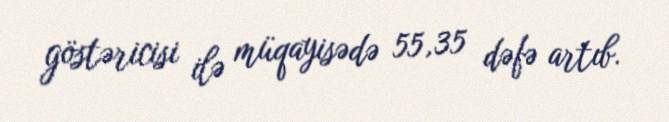
göstəricisi ilə müqayisədə 55,35 dəfə artıb.